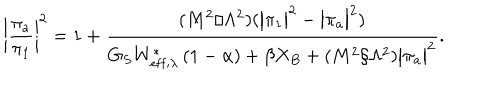
\bigg | \frac { \pi _ { a } } { \pi _ { 1 } } \bigg | ^ { 2 } = 1 + \frac { ( M ^ { 2 } / \Lambda ^ { 2 } ) ( \big | \pi _ { 1 } \big | ^ { 2 } - \big | \pi _ { a } \big | ^ { 2 } ) } { G _ { S } W _ { \mathrm { e f f } ; \lambda } ^ { \ast } \left( 1 - \alpha \right) + \beta X _ { B } + ( M ^ { 2 } / \Lambda ^ { 2 } ) \big | \pi _ { a } \big | ^ { 2 } } .